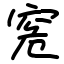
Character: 𥥠